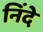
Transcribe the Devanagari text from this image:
निंदे